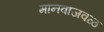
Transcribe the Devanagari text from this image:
मानवाजवळ